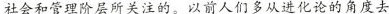
社会和管理阶层所关注的。以前人们多从进化论的角度去